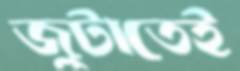
জুটাতেই